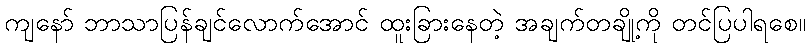
ကျနော် ဘာသာပြန်ချင်လောက်အောင် ထူးခြားနေတဲ့ အချက်တချို့ကို တင်ပြပါရစေ။